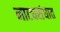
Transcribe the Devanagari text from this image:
नाट्यसंघात